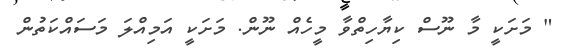
" މަށަކީ މާ ނޫސް ކިޔާހިތްވާ މީހެއް ނޫން. މަށަކީ އަމިއްލަ މަސައްކަތުން